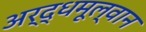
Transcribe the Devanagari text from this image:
अर्द्धमूल्वान